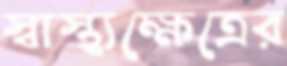
স্বাস্থ্যক্ষেত্রের